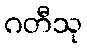
ဂတီသု